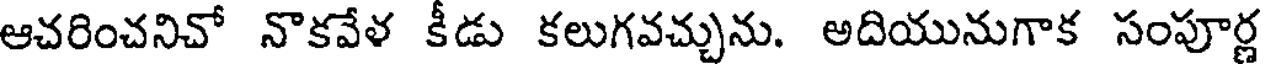
ఆచరించనిచో నొకవేళ కీడు కలుగవచ్చును. అదియునుగాక సంపూర్ణ